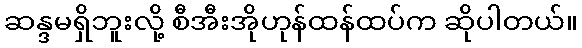
ဆန္ဒမရှိဘူးလို့ စီအီးအိုဟုန်ထန်ထပ်က ဆိုပါတယ်။